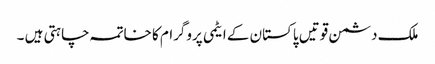
ملک دشمن قوتیں پاکستان کے ایٹمی پروگرام کا خاتمہ چاہتی ہیں ۔